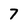
Character: 7